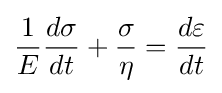
{\frac {1}{E}}{\frac {d\sigma }{dt}}+{\frac {\sigma }{\eta }}={\frac {d\varepsilon }{dt}}